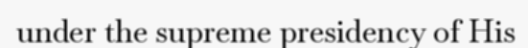
under the supreme presidency of His